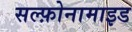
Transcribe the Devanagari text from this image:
सल्‍फ़ोनामाइड